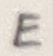
Text: E